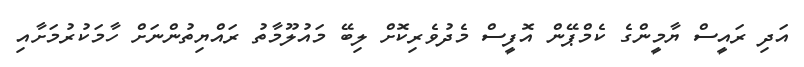
އަދި ރައީސް ޔާމީންގެ ކެމްޕޭން އޮފީސް މެދުވެރިކޮށް ލިބޭ މައުލޫމާތު ރައްޔިތުންނަށް ހާމަކުރުމަށާއި